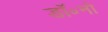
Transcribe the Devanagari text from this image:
डॉ॰नो